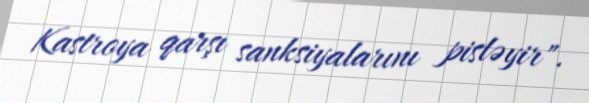
Kastroya qarşı sanksiyalarını pisləyir".